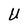
Character: U